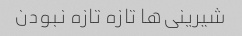
شیرینی‌ها تازه تازه نبودن